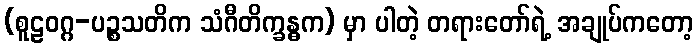
(စူဠဝဂ္ဂ-ပဉ္စသတိက သံဂီတိက္ခန္ဓက) မှာ ပါတဲ့ တရားတော်ရဲ့ အချုပ်ကတော့